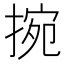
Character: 捥